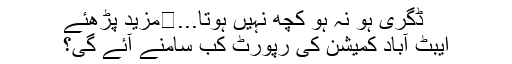
ڈگری ہو نہ ہو کچھ نہیں ہوتا...	مزید پڑھئے
ایبٹ آباد کمیشن کی رپورٹ کب سامنے آئے گی؟